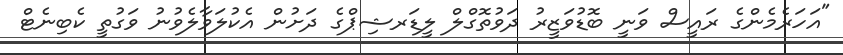
"އަހަރެމެންގެ ރައީސް ވަނީ ބޮޑުވަޒީރު ދަވުތޮގްލް ލީޑަރޝިޕްގެ ދަށުން އެކުލަވާލެވުނު ވަގުތީ ކެބިނެޓް